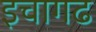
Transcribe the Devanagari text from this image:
इचागढ